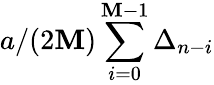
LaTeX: a/(2\mathbf{M})\sum_{i=0}^{\mathbf{M}-1}\Delta_{n-i}